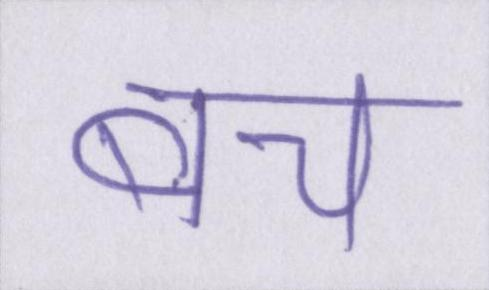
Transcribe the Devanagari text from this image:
बच